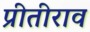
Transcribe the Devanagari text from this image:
प्रीतीराव